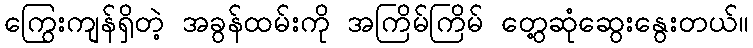
ကြွေးကျန်ရှိတဲ့ အခွန်ထမ်းကို အကြိမ်ကြိမ် တွေ့ဆုံဆွေးနွေးတယ်။